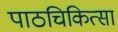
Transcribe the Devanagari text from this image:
पाठचिकित्सा